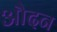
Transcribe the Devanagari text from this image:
औदन